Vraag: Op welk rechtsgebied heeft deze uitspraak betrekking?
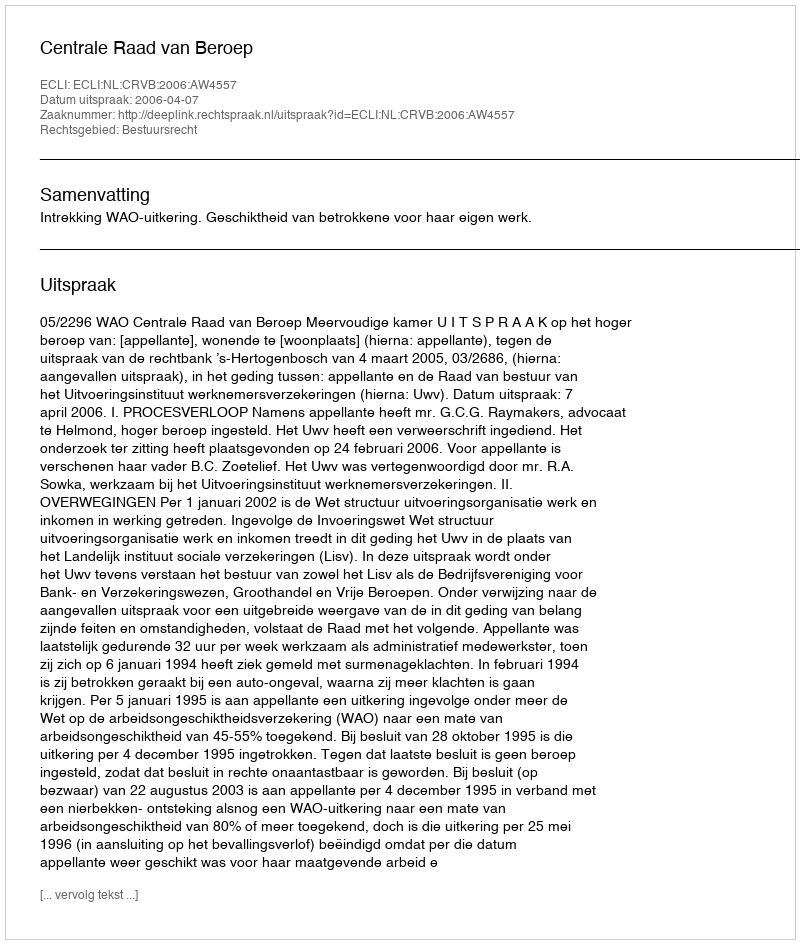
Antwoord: Bestuursrecht